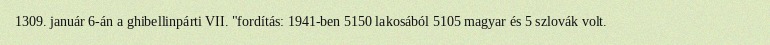
1309. január 6-án a ghibellinpárti VII. "fordítás: 1941-ben 5150 lakosából 5105 magyar és 5 szlovák volt.